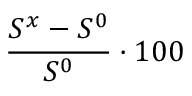
\frac { S ^ { x } - S ^ { 0 } } { S ^ { 0 } } \cdot 1 0 0 \